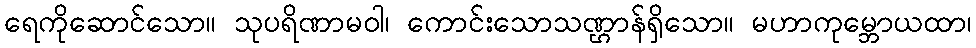
ရေကိုဆောင်သော။ သုပရိဏာမဝါ၊ ကောင်းသောသဏ္ဌာန်ရှိသော။ မဟာကုမ္ဘောယထာ၊